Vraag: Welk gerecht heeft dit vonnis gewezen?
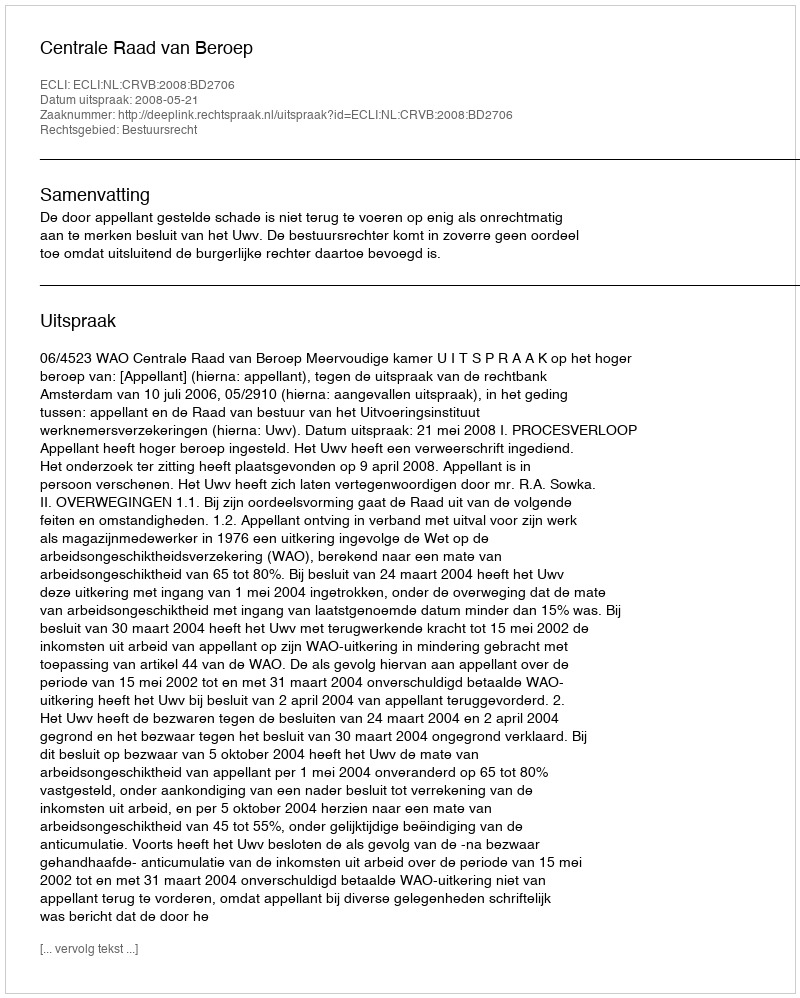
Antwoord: Centrale Raad van Beroep